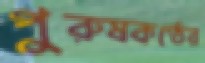
পুরুষকণ্ঠের